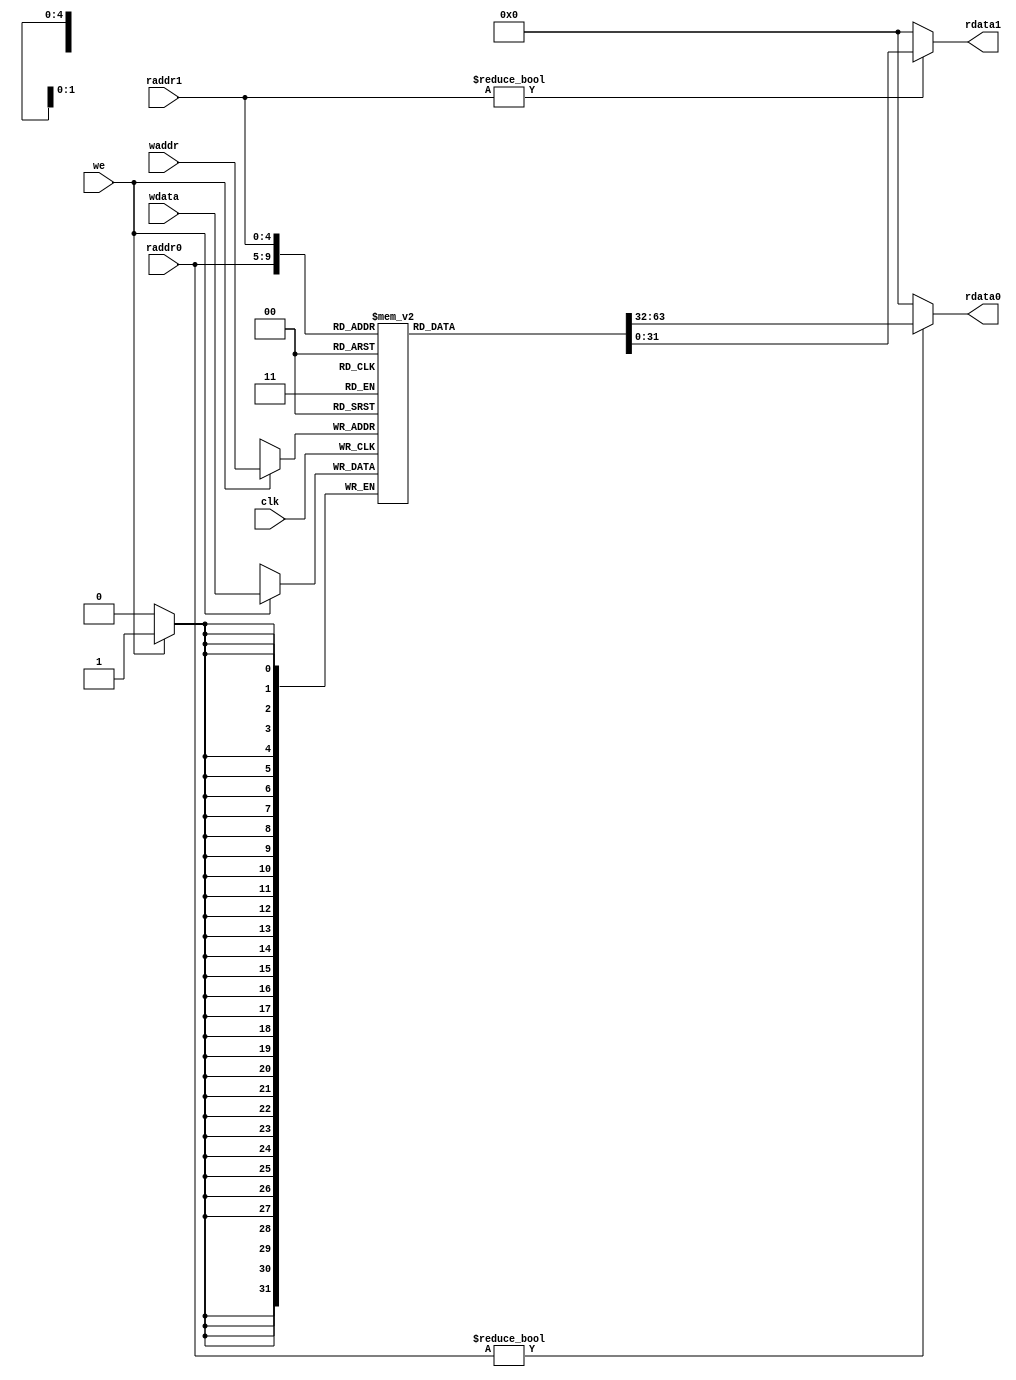
module reg_file(
    input clk,
    input [4:0]raddr0,   /* Read address #0 */
    input [4:0]raddr1,   /* Read address #1 */
    input [4:0]waddr,    /* Write address */
    input [31:0]wdata,   /* Write data */
    input we,            /* Write enable */

    output [31:0]rdata0, /* Read data #0 */
    output [31:0]rdata1  /* Read data #1 */
);

reg [31:0]x[31:0]; /* Array of registers x0-x31 */

genvar i;
generate
for (i = 0; i < 32; i = i + 1)
begin : reg_init
    initial
        x[i] = 32'b0; /* Set initial value of x[i] to 0 */
end
endgenerate

assign rdata0 = (raddr0 != 32'b0) ? x[raddr0] : 32'b0;
assign rdata1 = (raddr1 != 32'b0) ? x[raddr1] : 32'b0;

always @(posedge clk) begin
    if (we) begin
        x[waddr] <= wdata;
    end
    $strobe("CPUv1: x0: %h x4: %h  x8: %h x12: %h\nCPUv1: x1: %h x5: %h  x9: %h x13: %h\nCPUv1: x2: %h x6: %h x10: %h x14: %h\nCPUv1: x3: %h x7: %h x11: %h x15: %h",
            32'b0, x[4],   x[8],  x[12],   x[1],  x[5],   x[9],  x[13],   x[2],  x[6],  x[10],  x[14],   x[3],  x[7],  x[11],  x[15]);
end

endmodule